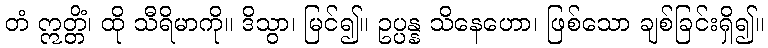
တံ ဣတ္တိံ၊ ထို သီရိမာကို။ ဒိသွာ၊ မြင်၍။ ဥပ္ပန္န သိနေဟော၊ ဖြစ်သော ချစ်ခြင်းရှိ၍။